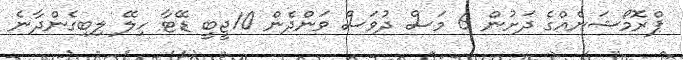
ޕްރޮމޯޝަނެއްގެ ދަށުން 6 މަސް ދުވަސް ވަންދެން 10ޖީބީ ޑޭޓާ ހިލޭ ލިބިގެންދާނެ